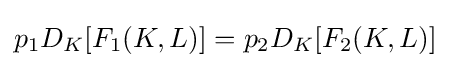
p_{1}D_{K}[F_{1}(K,L)]=p_{2}D_{K}[F_{2}(K,L)]